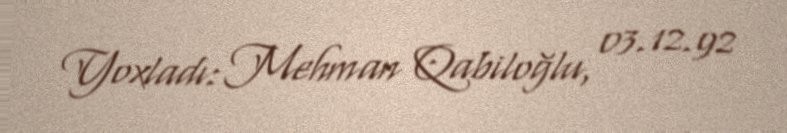
Yoxladı: Mehman Qabiloğlu, 03.12.92